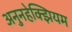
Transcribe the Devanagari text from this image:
अनुनहेक्झियम